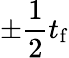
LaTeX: \pm\frac{1}{2}t_{\mathrm{f}}